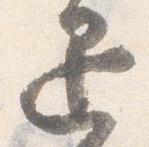
退